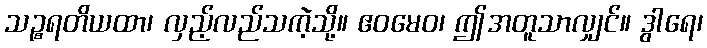
သဉ္စရတိယထာ၊ လှည့်လည်သကဲ့သို့။ ဧဝမေဝ၊ ဤအတူသာလျှင်။ ဒွါရေ၊